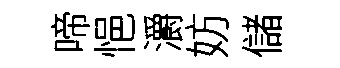
啼悒灂妨儲